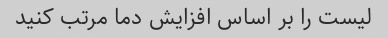
لیست را بر اساس افزایش دما مرتب کنید